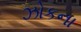
ઝોકના